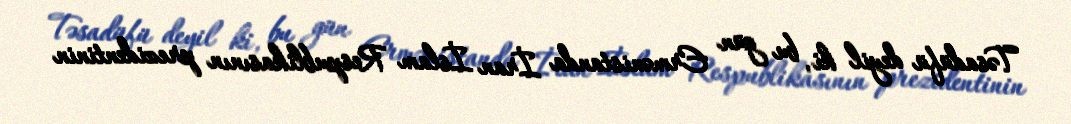
Təsadüfü deyil ki, bu gün Ermənistanda İran İslam Respublikasının prezidentinin